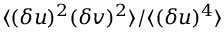
\langle { ( \delta u ) ^ { 2 } ( \delta v ) ^ { 2 } } \rangle / \langle { ( \delta u ) ^ { 4 } } \rangle